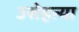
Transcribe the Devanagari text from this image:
उसेहत्या